Leaving Certificate Examination, 1923
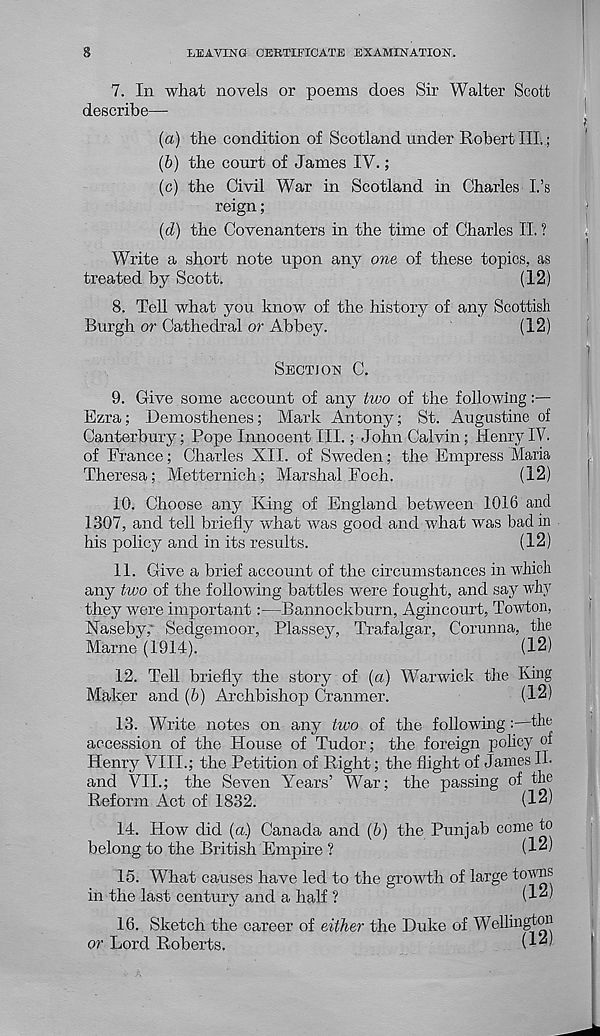
LEAVING CERTIFICATE EXAMINATION.
7. In what novels or poems does Sir Walter Scott
describe—
(a) the condition of Scotland under Robert III.;
(b) the court of James IV.;
(c) the Civil War in Scotland in Charles I’s
reign;
(d) the Covenanters in the time of Charles II. ?
Write a short note upon any one of these topics, as
treated by Scott.
(12)
8. Tell what you know of the history of any Scottish
Burgh or Cathedral or Abbey.
(12)
SECTION C.
9. Give some account of any two of the following
Ezra; Demosthenes; Mark Antony; St. Augustine of
Canterbury; Pope Innocent III.; John Calvin; Henry IV.
of France; Charles XII. of Sweden; the Empress Maria
Theresa; Metternich; Marshal Eoch.
(12)
10. Choose any King of England between 1016 and
1307, and tell briefly what was good and what was bad in
his policy and in its results.
(12)
11. Give a brief account of the circumstances in which
any two of the following battles were fought, and say why
they were important—Bannockburn, Agincourt, Towton,
Naseby; Sedgemoor, Plassey, Trafalgar, Corunna, the
Marne (1914).
(12)
12. Tell briefly the story of (a) Warwick the King
Maker and (6) Archbishop Cranmer.
(12)
13. Write notes on any two of the following:—the
accession of the House of Tudor; the foreign policy of
Henry VIII.; the Petition of Right; the flight of James II-
and VII.; the Seven Years’ War; the passing of the
Reform Act of 1832.
(12)
14. How did (a.) Canada and (b) the Punjab come to
belong to the British Empire ?
(12)
15. What causes have led to the growth of large towns
in the last century and a half ?
(12)
16. Sketch the career of either the Duke of Wellington
or Lord Roberts.
(12)